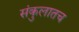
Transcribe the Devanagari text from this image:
संकुलातच